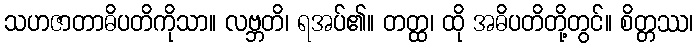
သဟဇာတာဓိပတိကိုသာ။ လဗ္ဘတိ၊ ရအပ်၏။ တတ္ထ၊ ထို အဓိပတိတို့တွင်။ စိတ္တဿ၊